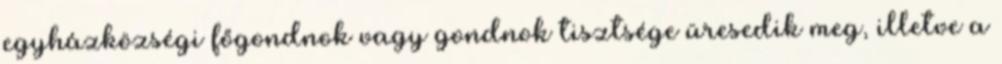
egyházközségi főgondnok vagy gondnok tisztsége üresedik meg, illetve a